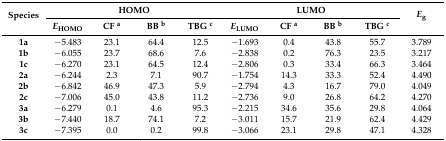
| <ROWSPAN=2> Species | <COLSPAN=4> HOMO | <COLSPAN=4> LUMO | <ROWSPAN=2> Eg |
 | EHOMO | CF a | BB b | TBG c | ELUMO | CF a | BB b | TBG c |
 | --- | --- | --- | --- | --- | --- | --- | --- | --- | --- |
 | 1a | −5.483 | 23.1 | 64.4 | 12.5 | −1.693 | 0.4 | 43.8 | 55.7 | 3.789 |
 | 1b | −6.055 | 23.7 | 68.6 | 7.6 | −2.838 | 0.2 | 76.3 | 23.5 | 3.217 |
 | 1c | −6.270 | 23.1 | 64.5 | 12.4 | −2.806 | 0.3 | 33.4 | 66.3 | 3.464 |
 | 2a | −6.244 | 2.3 | 7.1 | 90.7 | −1.754 | 14.3 | 33.3 | 52.4 | 4.490 |
 | 2b | −6.842 | 46.9 | 47.3 | 5.9 | −2.794 | 4.3 | 16.7 | 79.0 | 4.049 |
 | 2c | −7.006 | 45.0 | 43.8 | 11.2 | −2.736 | 9.0 | 26.8 | 64.2 | 4.270 |
 | 3a | −6.279 | 0.1 | 4.6 | 95.3 | −2.215 | 34.6 | 35.6 | 29.8 | 4.064 |
 | 3b | −7.440 | 18.7 | 74.1 | 7.2 | −3.011 | 15.7 | 21.9 | 62.4 | 4.429 |
 | 3c | −7.395 | 0.0 | 0.2 | 99.8 | −3.066 | 23.1 | 29.8 | 47.1 | 4.328 |